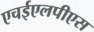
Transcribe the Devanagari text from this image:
एचईएलपीएस